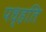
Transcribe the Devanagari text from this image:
पध्हति